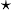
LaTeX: ^\star